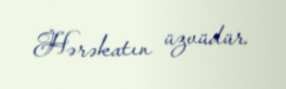
Hərəkatın üzvüdür.